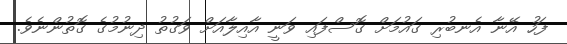
ފަހު އޭނާ އެނބުރި ގައުމަށް ގޮސްފައި ވަނީ އާއިލާއަށް ވަގުތު ދިނުމުގެ ގޮތުންނެވެ.